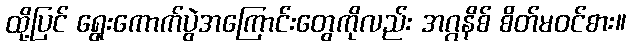
ထို့ပြင် ရွေးကောက်ပွဲအကြောင်းတွေကိုလည်း အဂ္ဂနိစ် စိတ်မဝင်စား။